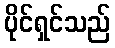
ပိုင်ရှင်သည်